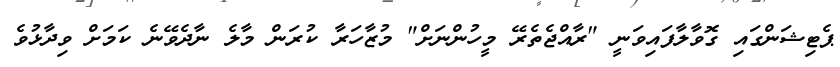
ޕެޓިޝަންގައި ގޮވާލާފައިވަނީ "ރާއްޖެތެރޭ މީހުންނަށް" މުޒާހަރާ ކުރަން މާލެ ނާދެވޭނެ ކަމަށް ވިދާޅުވެ